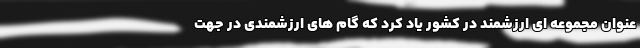
عنوان مجموعه ای ارزشمند در کشور یاد کرد که گام های ارزشمندی در جهت